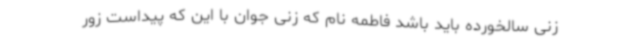
زنی سالخورده باید باشد فاطمه نام که زنی جوان با این که پیداست زور